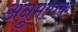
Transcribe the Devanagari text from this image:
अनुमापक